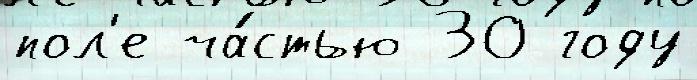
пол'е ча́стью 30 году